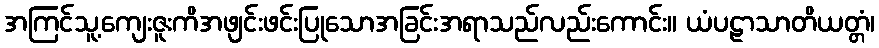
အကြင်သူ့ကျေးဇူးကိအဖျင်းဖင်းပြုသောအခြင်းအရာသည်လည်းကောင်း။ ယံပဠာသာတိယတ္တံ၊